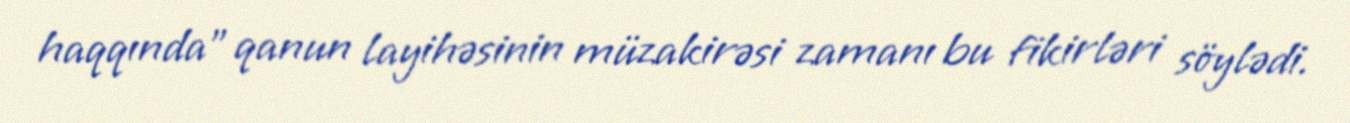
haqqında” qanun layihəsinin müzakirəsi zamanı bu fikirləri söylədi.